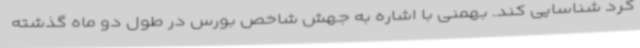
کرد شناسایی کند. بهمنی با اشاره به جهش شاخص بورس در طول دو ماه گذشته